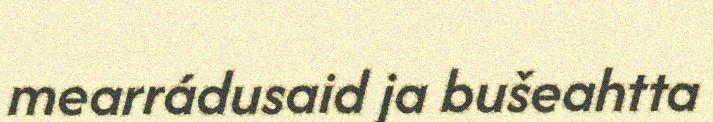
mearrádusaid ja bušeahtta